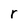
Character: r